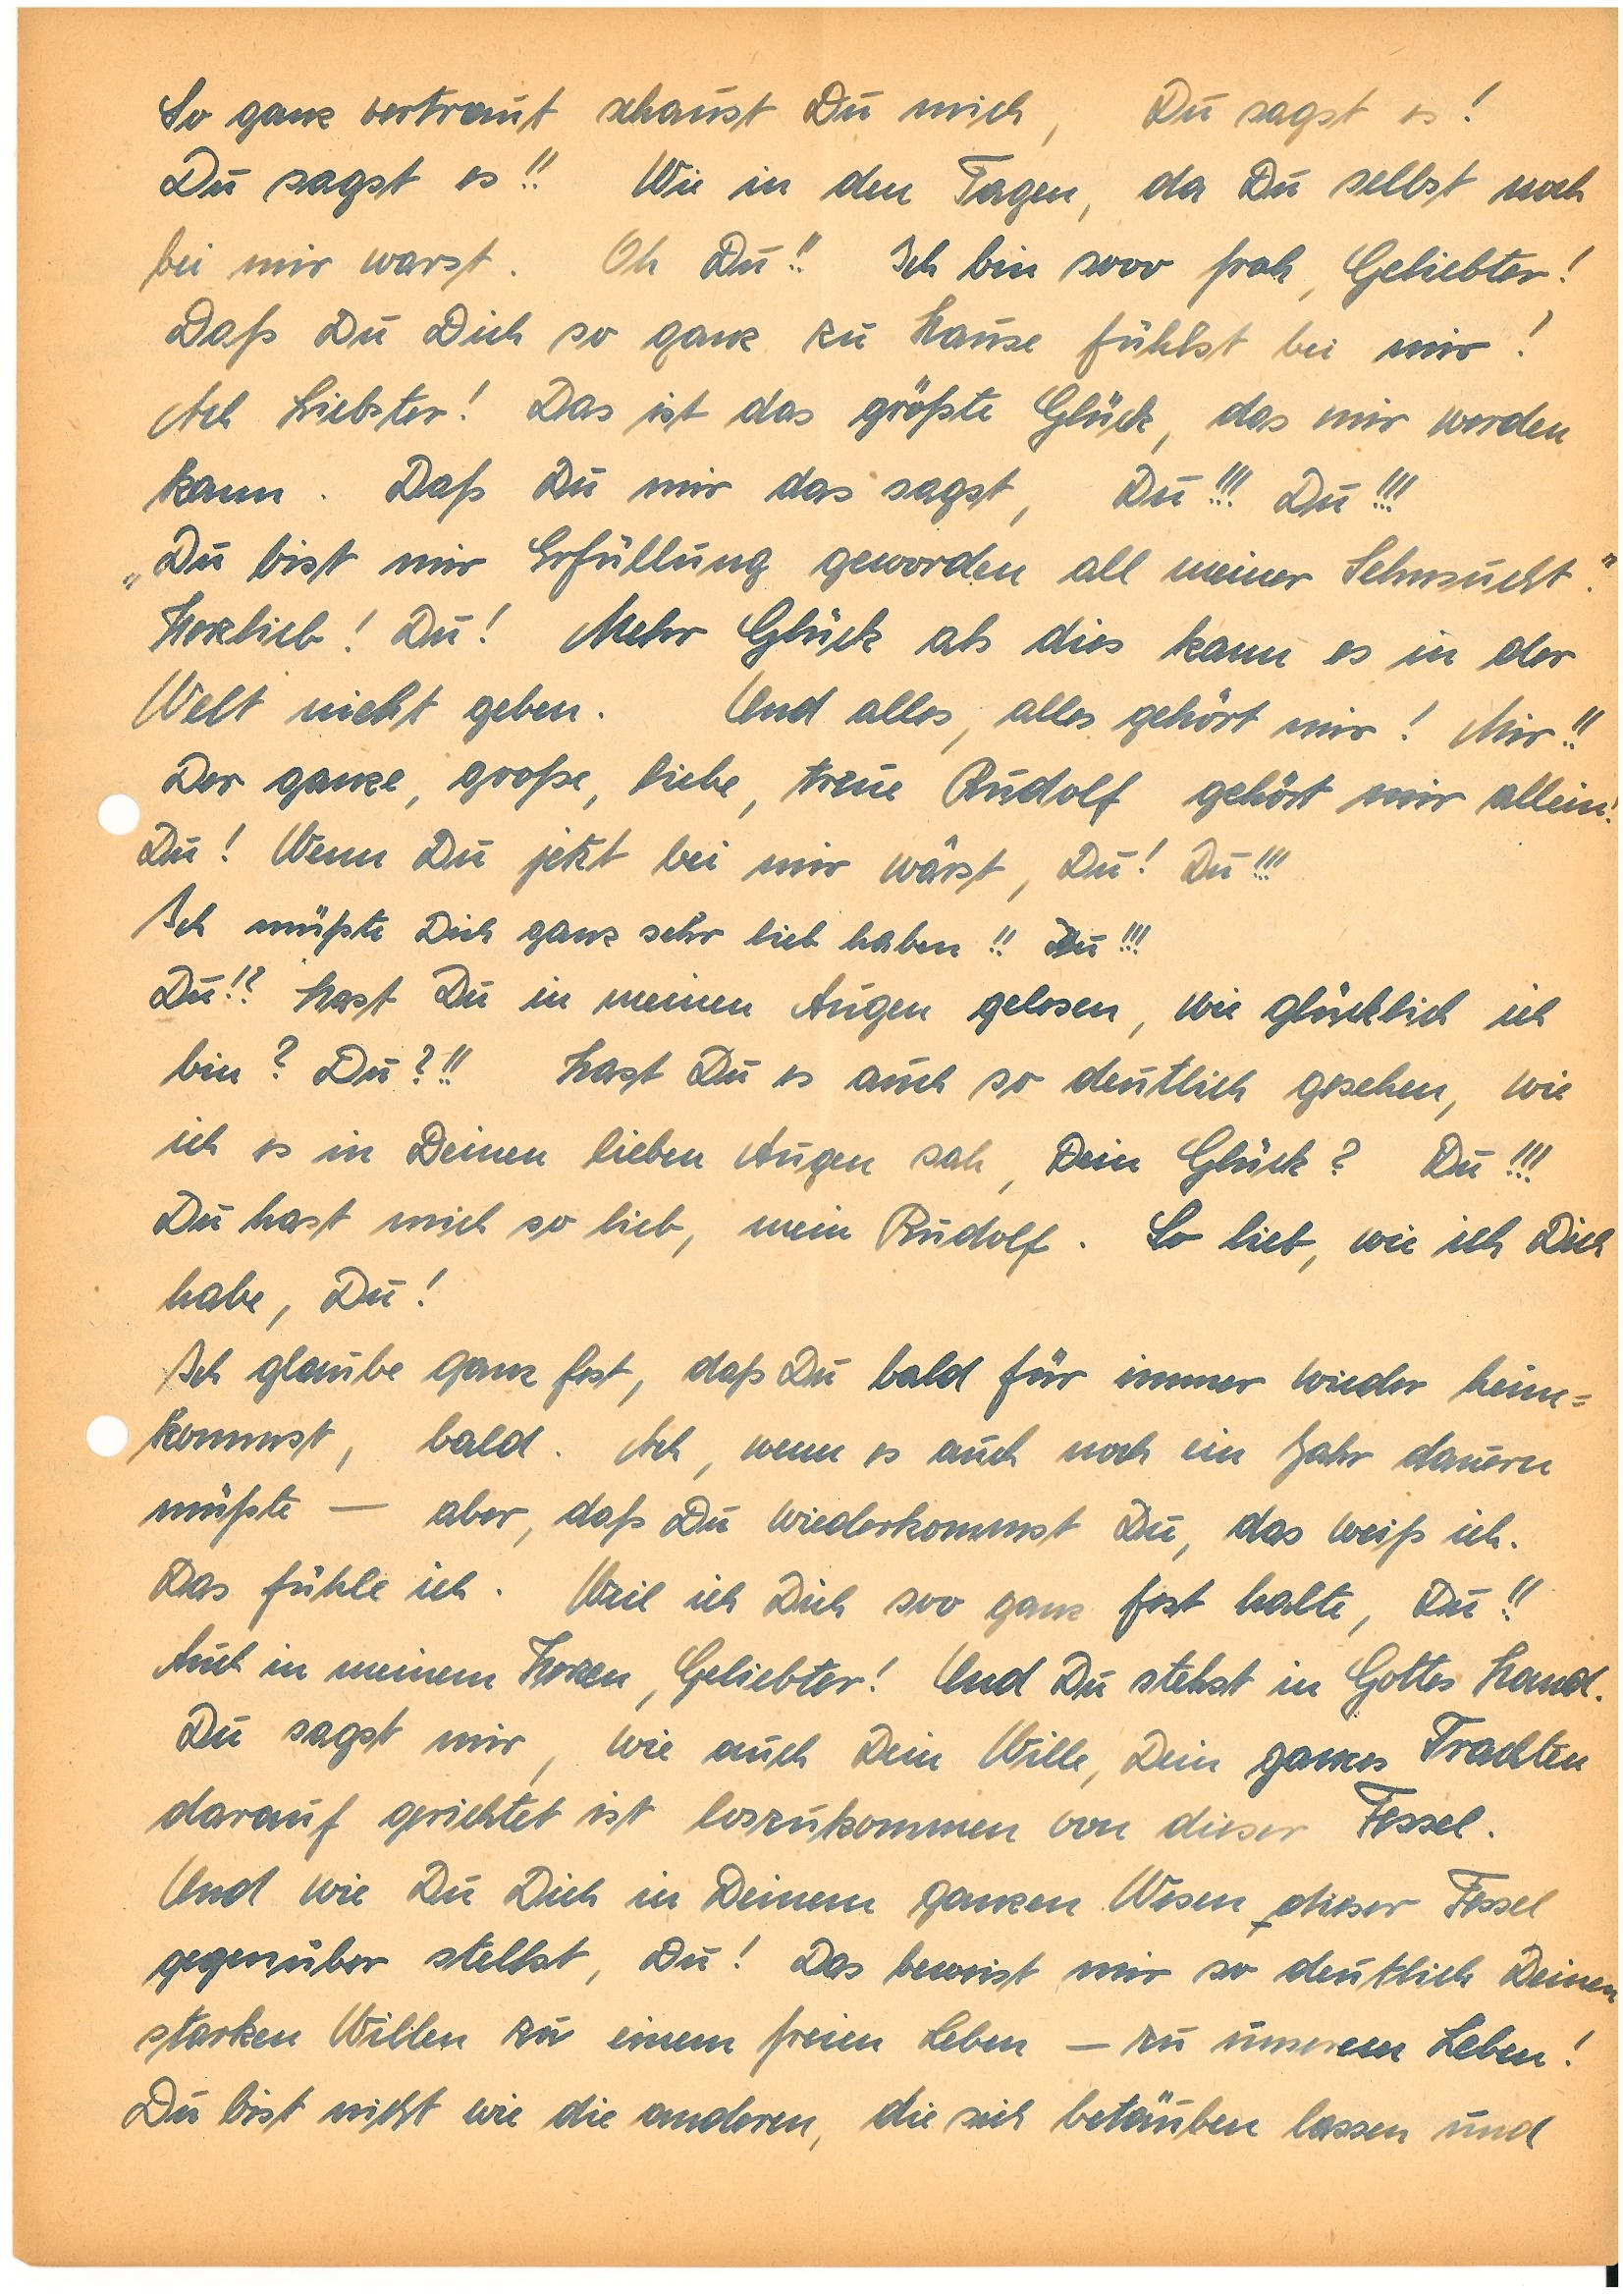
So ganz vertraut schaust Du mich, Du sagst es!
Du sagst es!! Wie in den Tagen, da Du selbst noch
bei mir warst. Oh Du!! Ich bin sooo froh, Geliebter!
Daß Du Dich so ganz zu Hause fühlst bei mir!
Ach Liebster! Das ist das größte Glück, das mir werden
kann. Daß Du mir das sagst, Du!!! Du!!!
„Du bist mir Erfüllung geworden all meiner Sehnsucht.”
Herzlieb! Du! Mehr Glück als dies kann es in der
Welt nicht geben. Und alles, alles gehört mir! Mir!!
Der ganze, große, liebe, treue gehört mir allein!
Du! Wenn Du jetzt bei mir wärst, Du! Du!!!
Ich müßte Dich ganz sehr lieb haben!! Du!!!
Du!? hast Du in meinen Augen gelesen, wie glücklich ich
bin? Du?!! Hast Du es auch so deutlich gesehen, wie
ich es in Deinen lieben Augen sah, Dein Glück? Du!!!
Du hast mich so lieb, mein . So lieb, wie ich Dich
habe, Du!
Ich glaube ganz fest, daß Du bald für immer wieder heim¬
kommst, bald. Ach, wenn es auch noch ein Jahr dauern
müßte – aber, daß Du wiederkommst Du, das weiß ich.
Das fühle ich. Weil ich Dich soo ganz fest halte, Du!!
Auch in meinem Herzen, Geliebter! Und Du stehst in Gottes Hand.
Du sagst mir, wie auch Dein Wille, Dein ganzes Trachten
darauf gerichtet ist loszukommen von dieser Fessel.
Und wie du Dich in Deinem ganzen Wesen dieser Fessel
gegenüber stellst, Du! Das beweist mir so deutlich Deinen
starken Willen zu einem freien Leben – zu unserem Leben!
Du bist nicht wie die anderen, die sich betäuben lassen und